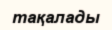
тақалады